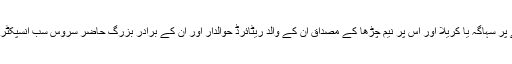
سونے پر سہاگہ یا کریلا اور اس پر نیم چڑھا کے مصداق ان کے والد ریٹائرڈ حوالدار اور ان کے برادر بزرگ حاضر سروس سب انسپکٹر تھے۔